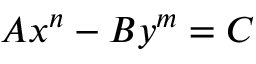
A x ^ { n } - B y ^ { m } = C